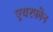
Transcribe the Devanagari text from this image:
एयरफोन